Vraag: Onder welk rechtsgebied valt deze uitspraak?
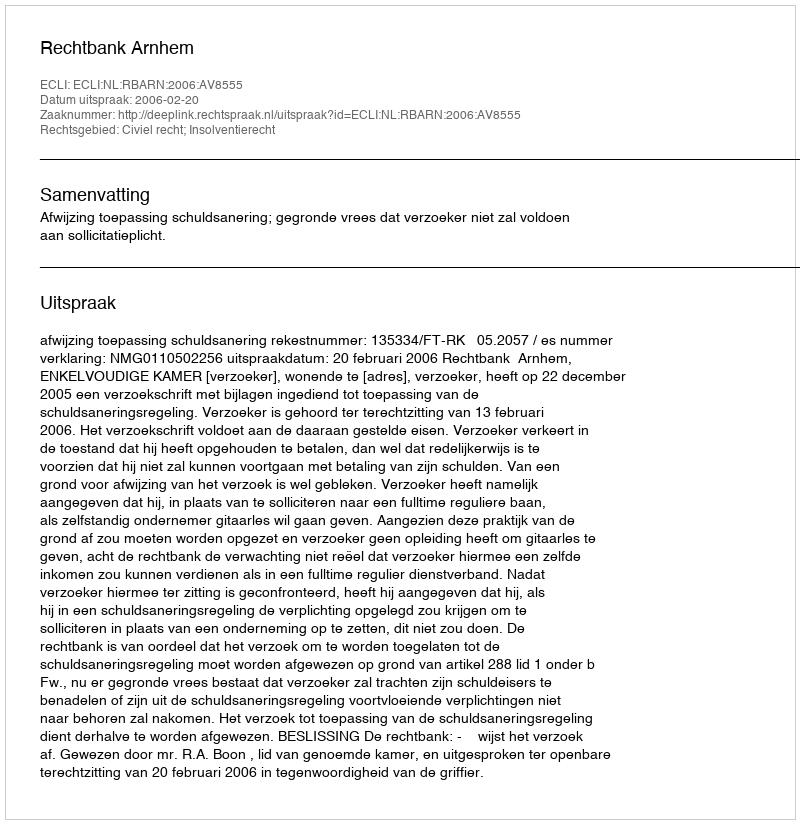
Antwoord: Civiel recht; Insolventierecht